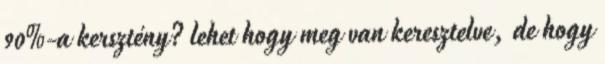
90%-a kersztény? lehet hogy meg van keresztelve, de hogy